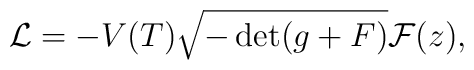
{\cal L} =  - V(T) \sqrt{-  \det (g + F) } {\cal F}(z),